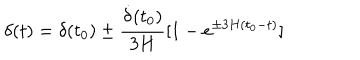
\delta ( t ) = \delta ( t _ { 0 } ) \pm \frac { \dot { \delta } ( t _ { 0 } ) } { 3 H } [ 1 - e ^ { \pm 3 H ( t _ { 0 } - t ) } ]